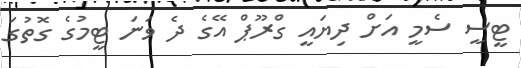
ޓީސީ ސެމީ އަށް ދިޔައީ ގްރޫޕް އޭގެ ދެ ވަނަ ޓީމުގެ ގޮތުގަ